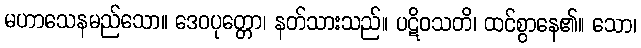
မဟာသေနမည်သော။ ဒေဝပုတ္တော၊ နတ်သားသည်။ ပဋိဝသတိ၊ ထင်စွာနေ၏။ သော၊